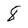
Character: 8